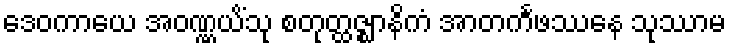
ဒေဝကာယေ အဝဏ္ဏယိံသု စတုတ္ထဇ္ဈာနိကံ အာတင်္ကဖဿေန သုဿာမ